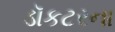
ડૉકટરના